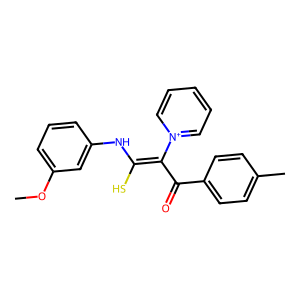
SMILES: COc1cccc(NC(S)=C(C(=O)c2ccc(C)cc2)[n+]2ccccc2)c1
Inhibits HIV replication: No